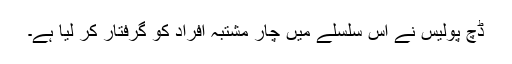
ڈچ پولیس نے اس سلسلے میں چار مشتبہ افراد کو گرفتار کر لیا ہے۔